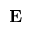
{ \bf E }